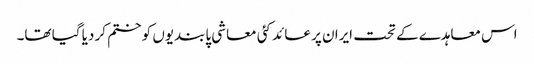
اس معاہدے کے تحت ایران پر عائد کئی معاشی پابندیوں کو ختم کر دیا گیا تھا۔